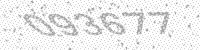
Solution: 093677